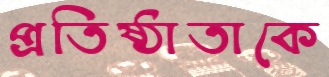
প্রতিষ্ঠাতাকে